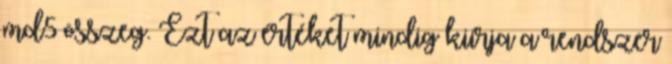
md5 összeg. Ezt az értéket mindig kiírja a rendszer